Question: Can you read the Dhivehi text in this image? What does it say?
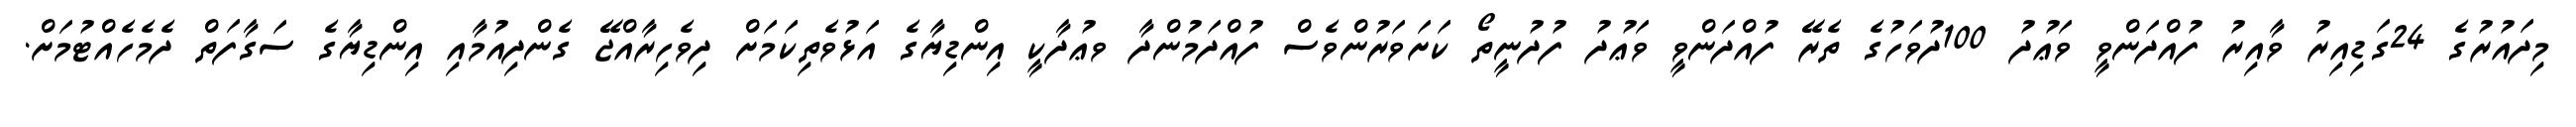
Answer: މިދައުރުގެ 24ގަޑިއިރު ވާއިރު ފުއްދަންވީ ވަޢުދު 100ދުވަހުގެ ތެރޭ ފުއްދަންވީ ވަޢުދު ފުދުނީތޯ ކަށަވަރުންވެސް ފުއްދަމުންދާ ވޢުދާކީ އިންޑިޔާގެ އަޅުވެތިކަމަށް ދިވެހިރާއްޖޭ ގެންދިއުމާއި އިންޑިޔާގެ ސަގާފަތް ދެމެހެއްޓުމަށް.